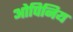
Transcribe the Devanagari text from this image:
ओपिनिय